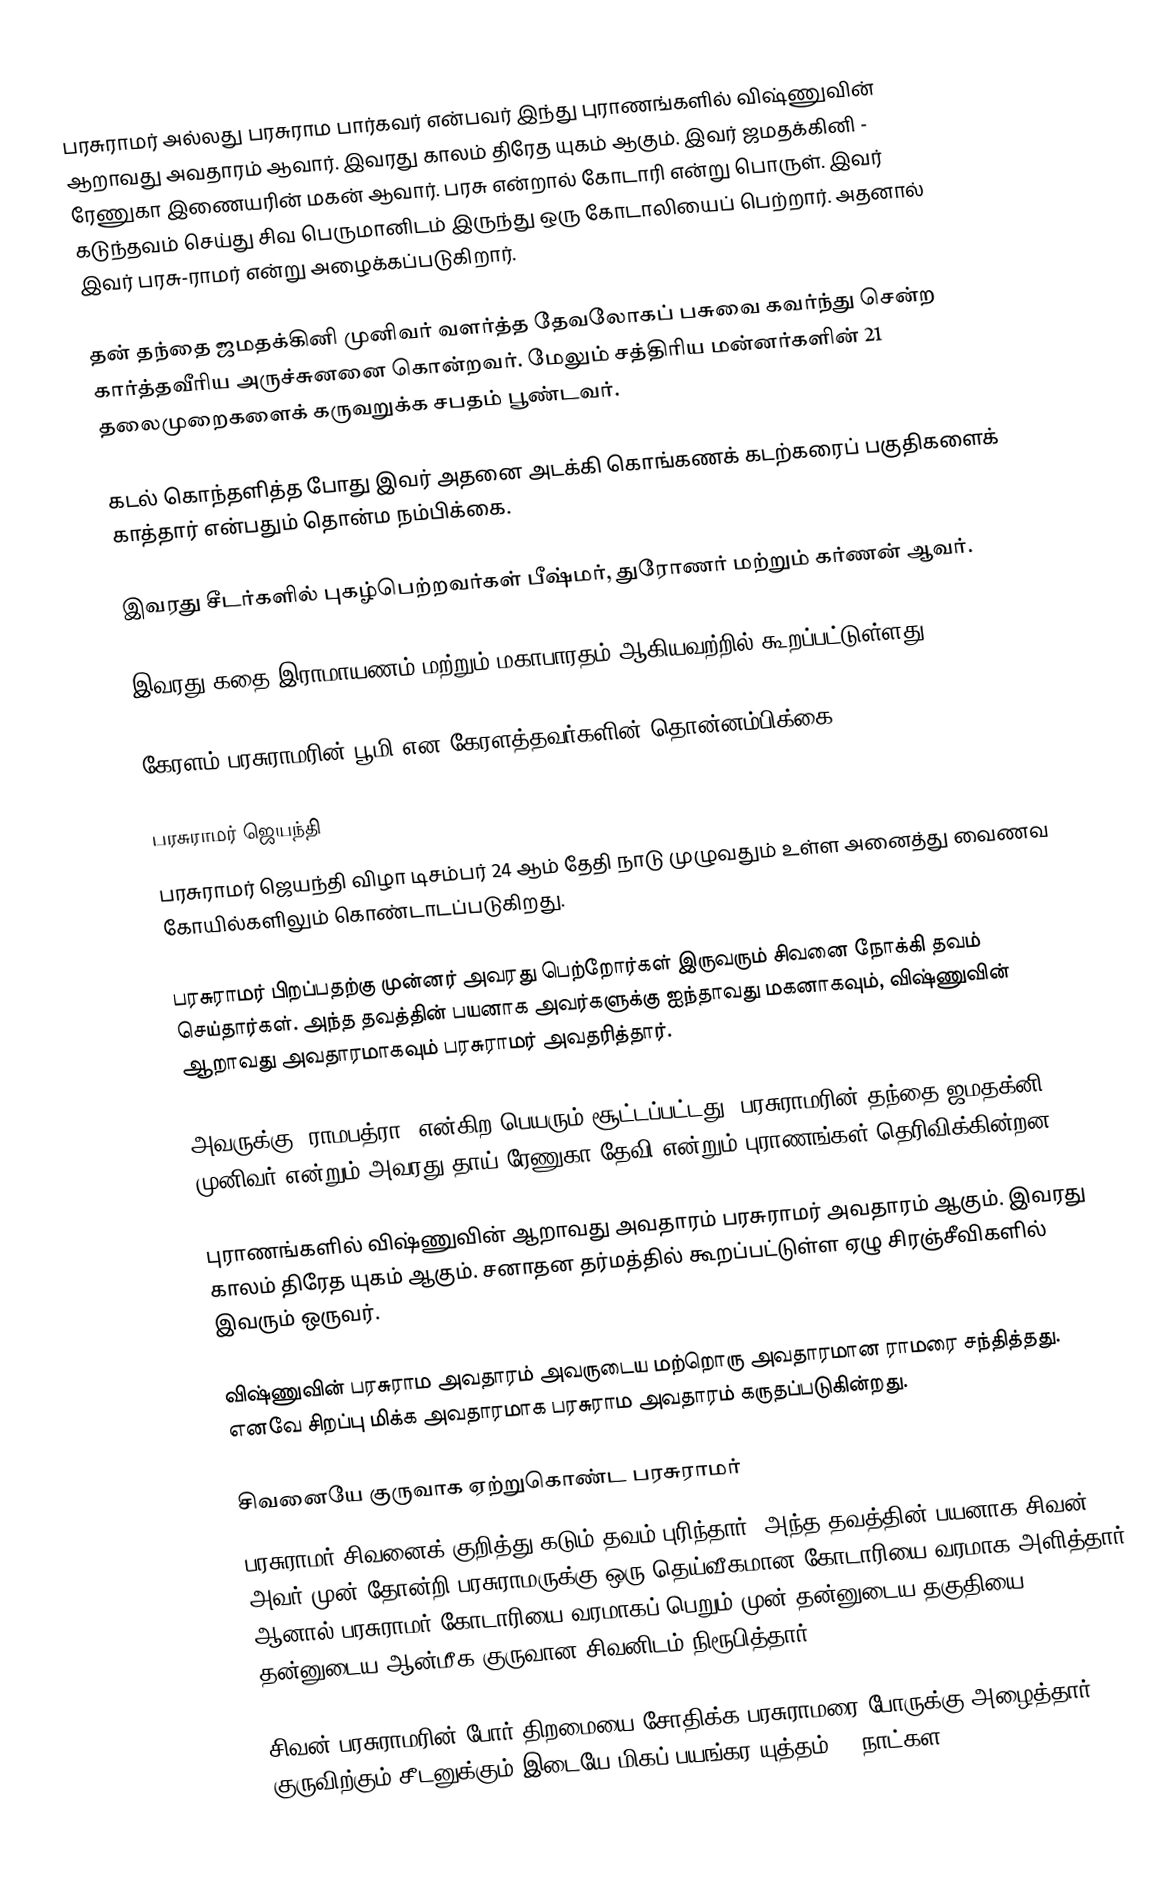
பரசுராமர் அல்லது பரசுராம பார்கவர் என்பவர் இந்து புராணங்களில் விஷ்ணுவின் ஆறாவது அவதாரம் ஆவார். இவரது காலம் திரேத யுகம் ஆகும். இவர் ஜமதக்கினி - ரேணுகா இணையரின் மகன் ஆவார். பரசு  என்றால் கோடாரி என்று பொருள். இவர் கடுந்தவம் செய்து சிவ பெருமானிடம் இருந்து ஒரு கோடாலியைப் பெற்றார். அதனால் இவர் பரசு-ராமர் என்று அழைக்கப்படுகிறார்.

தன் தந்தை ஜமதக்கினி முனிவர் வளர்த்த தேவலோகப் பசுவை கவர்ந்து சென்ற கார்த்தவீரிய அருச்சுனனை கொன்றவர். மேலும் சத்திரிய மன்னர்களின் 21 தலைமுறைகளைக் கருவறுக்க சபதம் பூண்டவர்.

கடல் கொந்தளித்த போது இவர் அதனை அடக்கி கொங்கணக் கடற்கரைப் பகுதிகளைக் காத்தார் என்பதும் தொன்ம நம்பிக்கை.

இவரது சீடர்களில் புகழ்பெற்றவர்கள் பீஷ்மர், துரோணர் மற்றும் கர்ணன் ஆவர்.

இவரது கதை இராமாயணம்  மற்றும் மகாபாரதம் ஆகியவற்றில் கூறப்பட்டுள்ளது.

கேரளம் பரசுராமரின் பூமி என கேரளத்தவர்களின் தொன்னம்பிக்கை.

பரசுராமர் ஜெயந்தி
பரசுராமர் ஜெயந்தி விழா டிசம்பர் 24 ஆம் தேதி நாடு முழுவதும் உள்ள அனைத்து வைணவ கோயில்களிலும் கொண்டாடப்படுகிறது.

பரசுராமர் பிறப்பதற்கு முன்னர் அவரது பெற்றோர்கள் இருவரும் சிவனை நோக்கி தவம் செய்தார்கள். அந்த தவத்தின் பயனாக அவர்களுக்கு ஐந்தாவது மகனாகவும், விஷ்ணுவின் ஆறாவது அவதாரமாகவும் பரசுராமர் அவதரித்தார்.

அவருக்கு ‘ராமபத்ரா’ என்கிற பெயரும் சூட்டப்பட்டது. பரசுராமரின் தந்தை ஜமதக்னி முனிவர் என்றும் அவரது தாய் ரேணுகா தேவி என்றும் புராணங்கள் தெரிவிக்கின்றன .  

புராணங்களில் விஷ்ணுவின் ஆறாவது அவதாரம் பரசுராமர் அவதாரம் ஆகும். இவரது காலம் திரேத யுகம் ஆகும். சனாதன தர்மத்தில் கூறப்பட்டுள்ள ஏழு சிரஞ்சீவிகளில் இவரும் ஒருவர்.

விஷ்ணுவின் பரசுராம அவதாரம் அவருடைய மற்றொரு அவதாரமான ராமரை சந்தித்தது. எனவே சிறப்பு மிக்க அவதாரமாக பரசுராம அவதாரம் கருதப்படுகின்றது.

சிவனையே குருவாக ஏற்றுகொண்ட பரசுராமர்
பரசுராமர் சிவனைக் குறித்து கடும் தவம் புரிந்தார். அந்த தவத்தின் பயனாக சிவன் அவர் முன் தோன்றி பரசுராமருக்கு ஒரு தெய்வீகமான கோடாரியை வரமாக அளித்தார். ஆனால் பரசுராமர் கோடாரியை வரமாகப் பெறும் முன் தன்னுடைய தகுதியை தன்னுடைய ஆன்மீக குருவான சிவனிடம் நிரூபித்தார்.

சிவன் பரசுராமரின் போர் திறமையை சோதிக்க பரசுராமரை போருக்கு அழைத்தார். குருவிற்கும் சீடனுக்கும் இடையே மிகப் பயங்கர யுத்தம் 21 நாட்கள